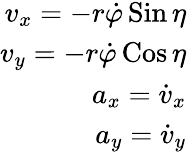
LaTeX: \begin{array}{r}{v_{x}=-r\dot{\varphi}\operatorname{Sin}\eta}\\ {v_{y}=-r\dot{\varphi}\operatorname{Cos}\eta}\\ {a_{x}=\dot{v}_{x}}\\ {a_{y}=\dot{v}_{y}}\end{array}